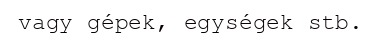
vagy gépek, egységek stb.